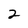
Character: 2